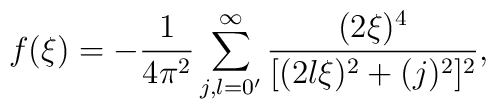
f(\xi )=-\frac{1}{4\pi ^{2}}\sum_{j,l=0^{\prime }}^{\infty}\frac{(2\xi )^{4} }{[(2l\xi )^{2}+(j)^{2}]^{2}},